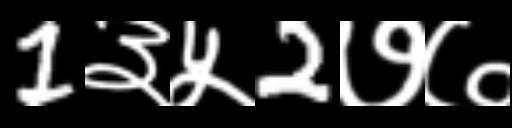
Text: 1३५2७७